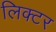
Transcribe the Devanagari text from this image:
लिक्टर